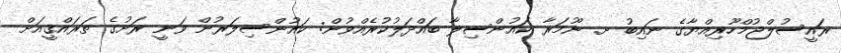
ރައީސުލްޖުމްހޫރިއްޔާގެ ނައިބު ށ. ނޫމަރާ ކައުންސިލާ ބައްދަލުކުރެއްވުން: ކައުންސިލަރުން ވަނީ ރަށުގެ ތަރައްޤީއަށް